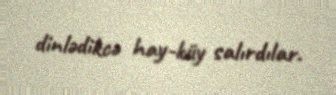
dinlədikcə hay-küy salırdılar.